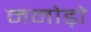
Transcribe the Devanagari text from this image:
मनोड़ो